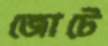
জোটে